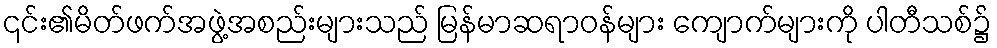
၎င်း၏မိတ်ဖက်အဖွဲ့အစည်းများသည် မြန်မာဆရာဝန်များ ကျောက်များကို ပါတီသစ်၌